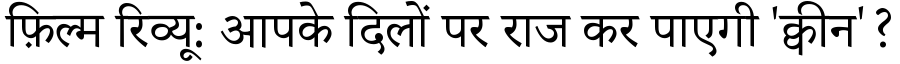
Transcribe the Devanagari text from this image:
फ़िल्म रिव्यू: आपके दिलों पर राज कर पाएगी 'क्वीन'?